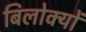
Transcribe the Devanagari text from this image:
बिलोक्‍यों